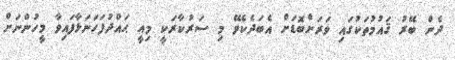
ދެން ބޭރު ޤައުމުތަކުގައި ވަރަށްބޮޑަށް އެބަދެކެވޭ މި ސަރުކާރަކީ މިއީ ޙައްދުފަހަނަޅާފައިވާ މީހުންނަށް